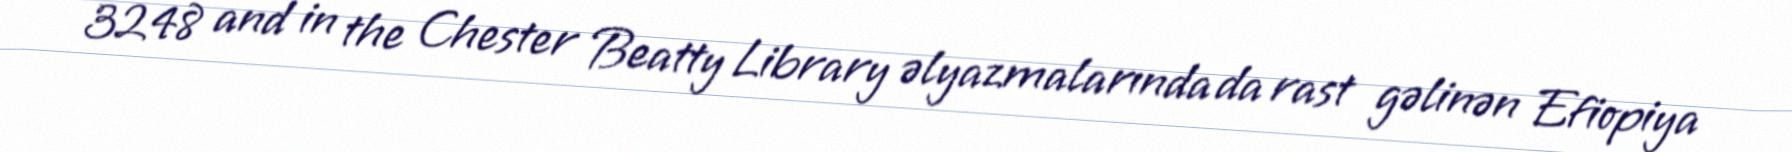
3248 and in the Chester Beatty Library əlyazmalarında da rast gəlinən Efiopiya